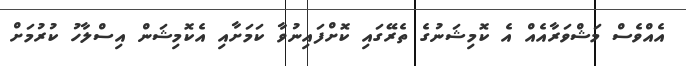
އެއްވެސް މަޝްވަރާއެއް އެ ކޮމިޝަނުގެ ތެރޭގައި ކޮށްފައިނުވާ ކަމަށާއި އެކޮމިޝަން އިސްލާހު ކުރުމަށް